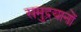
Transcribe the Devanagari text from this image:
समुद्रयानों